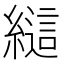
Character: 𰫲